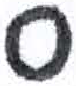
אות: ס